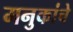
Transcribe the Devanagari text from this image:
मनुकांचे